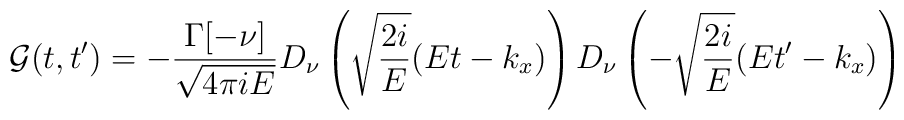
{\cal{G}}(t,t')=-{\Gamma[-\nu] \over \sqrt{4 \pi iE}} D_\nu  \left( \sqrt{ 2i \over E}  (Et-k_x)\right)  D_\nu \left(-  \sqrt{2i \over E} (Et'-k_x)   \right)